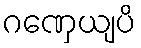
ဂဏှေယျပိ